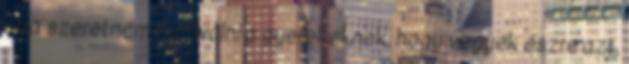
arra szeretném motiválni a gyerekeknek, hogy vegyék észre azt,